Vaccination in the Punjab 1905-1918 - 1905-1918
Year: 1905
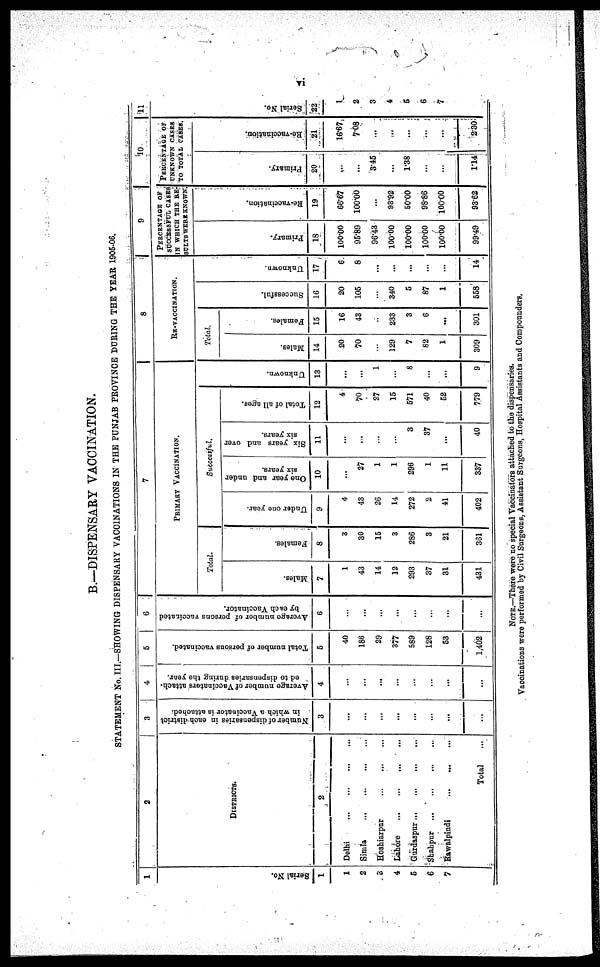
vi
B.—DISPENSARY VACCINATION.
STATEMENT No. III.—SHOWING DISPENSARY VACCINATIONS IN THE PUNJAB PROVINCE DURING THE YEAR 1905-06.
1
Serial No.
1
1
2
3
4
5
6
7
2
DISTRICTS.
2
Delhi ... ... ... ...
Simla
...
...
...
...
Hoshiarpur ... ... ... ...
Lahore
...
...
...
...
Gurdaspur
...
...
...
...
Shahpur ... ... ... ...
Rawalpindi
...
...
...
...
Total ...
3
Number of dispensaries in each district
in which a Vaccinator is attached.
3
...
...
...
...
...
...
...
...
4
Average number of Vaccinators attach-
ed to dispensaries during the year.
4
...
...
...
...
...
...
...
...
5
Total number of persons vaccinated.
5
40
186
29
377
589
128
53
1,402
6
Average number of persons vaccinated
by each Vaccinator.
6
...
...
...
...
...
...
...
...
7
PRIMARY VACCINATION.
Total.
Males.
7
1
43
14
12
293
37
31
431
Females.
8
3
30
15
3
286
3
21
361
Successful.
Under one year.
9
4
43
26
14
272
2
41
402
One year and under
six years.
10
...
27
1
1
296
1
11
337
Six years and over
six years.
11
...
...
...
...
3
37
...
40
Total of all ages.
12
4
70
27
15
571
40
52
779
Unknown.
13
...
...
1
...
8
...
...
9
8
RE-VACCINATION.
Total.
Males.
14
20
70
...
129
7
82
1
309
Females.
15
16
43
...
233
3
6
...
301
Successful.
16
20
105
...
340
5
87
1
558
Unknown.
17
6
8
...
...
...
...
...
14
9
PERCENTAGE OF
SUCCESSFUL CASES
IN WHICH THE RE
SULTS WERE KNOWN
Primary.
18
100.00
95.89
96.43
100.00
100.00
100.00
100.00
99.49
Re-vaccination.
19
66.67
100.00
...
93.92
50.00
98.86
100.00
93.62
10
PERCENTAGE OF
UNKNOWN CASES
TO TOTAL CASES.
Primary.
20
...
...
3.45
...
1.38
...
...
1.14
Re-vaccination.
21
16.67
7.08
...
...
...
...
...
2.30
11
Serial No.
22
NOTE.—There were no special Vaccinators attached to the dispensaries.
Vaccinations were performed by Civil Surgeons, Assistant Surgeons, Hospital Assistants and Compounders,